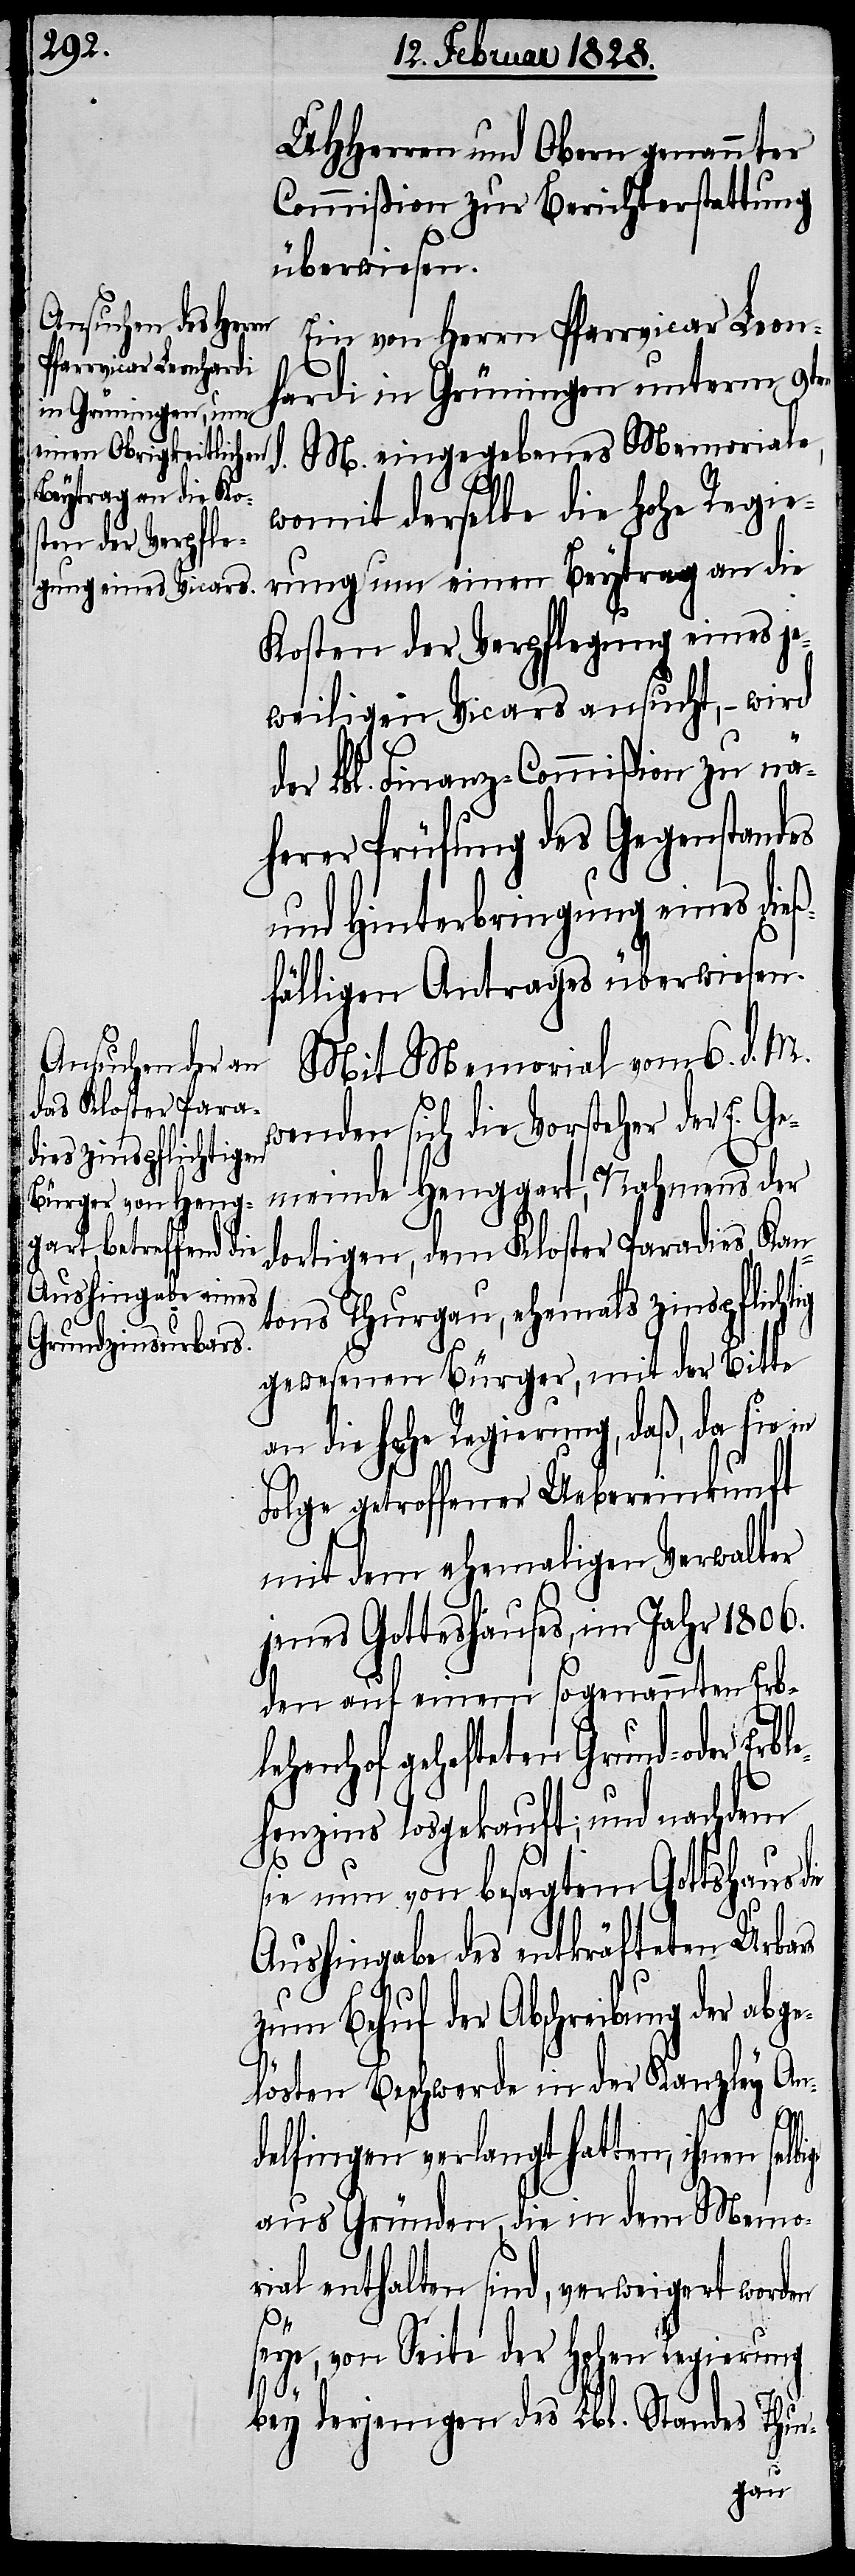
UHHerren und Obern genannter
Commißion zur Berichterstattung
überwiesen.
Ein von Herrn Pfarrvicar Leon¬
hardi in Grüningen unterm 9ten
M. eingegebenes Memoriale,
womit derselbe die hohe Regie¬
rung um einen Beytrag an die
Kosten der Verpflegung eines je¬
weiligen Vicars ansucht, – wird
der Lbl. Finanz-Commißion zu nä¬
herer Prüfung des Gegenstandes
und Hinterbringung eines die¬
ßfälligen Antrages überwiesen.
Mit Memorial vom 6. d. M.
wenden sich die Vorsteher der E. Ge¬
meinde Henggart, Nahmens der
dortigen, dem Kloster Paradies, Kan¬
tons Thurgau, ehemals zinspflichtig
gewesenen Bürger, mit der Bitte
an die hohe Regierung, daß, da sie in
Folge getroffener Uebereinkunft
mit dem ehemaligen Verwalter
jenes Gotteshauses, im Jahr 1806.
den auf einem sogenannten Erbl¬
ehenhof geschefteten Grund- oder
henzins losgekauft; und nachdem
sie nun von besagtem Gotteshaus die
Aushingabe des entkräfteten Urbars
zum Behuf der Abschreibung der abg¬
elösten Beschwerde in der Kanzley An¬
ige
delfingen verlangt hatten, ihnen selb¬
aus Gründen, die in dem Memo¬
rial enthalten sind, verweigert worden
seye, von Seite der hohen Regierung
bey derjenigen des Lbl. Standes Thur-